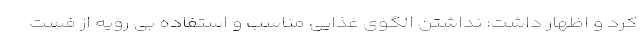
کرد و اظهار داشت: نداشتن الگوی غذایی مناسب و استفاده بی رویه از فست